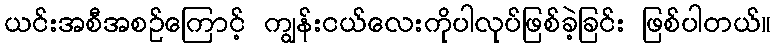
ယင်းအစီအစဉ်ကြောင့် ကျွန်းငယ်လေးကိုပါလုပ်ဖြစ်ခဲ့ခြင်း ဖြစ်ပါတယ်။